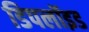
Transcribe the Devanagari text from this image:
डिपलॉइड